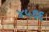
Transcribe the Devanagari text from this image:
४५६६